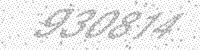
Solution: 930814